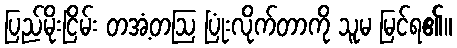
ပြည်မိုးငြိမ်း တအံ့တဩ ပြုံးလိုက်တာကို သူမ မြင်ရ၏။